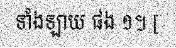
ទាំងឡាយ ផង ១។ [